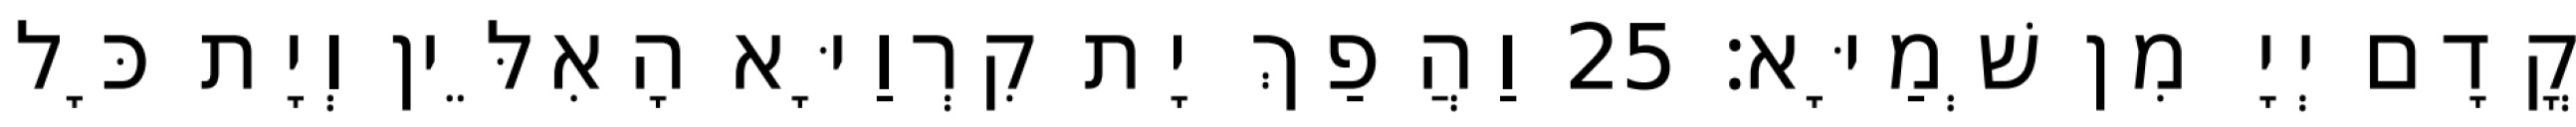
קֳדָם יְיָ מִן שְׁמַיָּא׃ 25 וַהֲפַךְ יָת קִרְוַיָּא הָאִלֵּין וְיָת כָּל